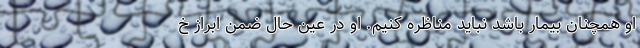
او همچنان بیمار باشد نباید مناظره کنیم. او در عین حال ضمن ابراز خ